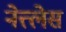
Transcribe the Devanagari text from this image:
नेत्त्लेस